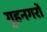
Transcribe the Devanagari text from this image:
गृहनगरों